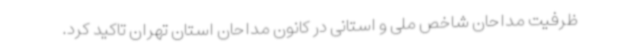
ظرفیت مداحان شاخص ملی و استانی در کانون مداحان استان تهران تاکید کرد.